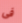
فى